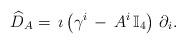
LaTeX: \begin{align*} \widehat{D}_A=\,\imath \left(\gamma^i\,-\,A^i\,\mathbb{I}_4\right)\,\partial_i . \end{align*}